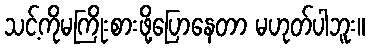
သင့်ကိုမကြိုးစားဖို့ပြောနေတာ မဟုတ်ပါဘူး။